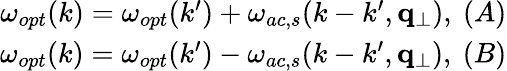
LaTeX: \begin{array}{r}{\omega_{opt}(k)=\omega_{opt}(k^{\prime})+\omega_{ac,s}(k-k^{\prime},\mathbf{q}_{\perp}),~(A)}\\ {\omega_{opt}(k)=\omega_{opt}(k^{\prime})-\omega_{ac,s}(k-k^{\prime},\mathbf{q}_{\perp}),~(B)}\end{array}